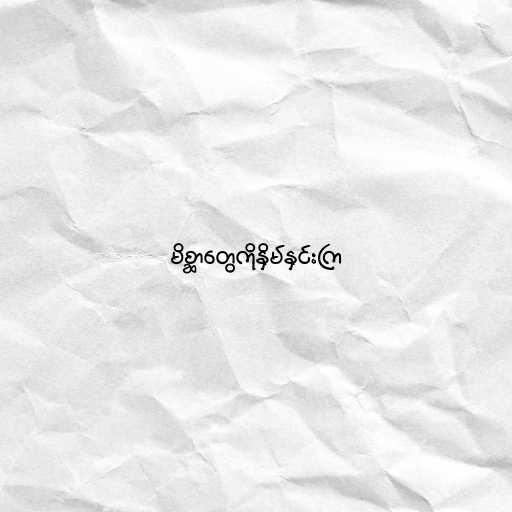
မိစ္ဆာတွေကိုနှိမ်နှင်းကြ